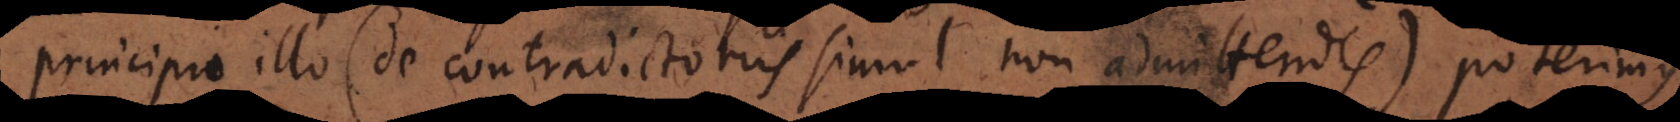
principio illo (de contradictoriis simul non admittendis) poterimus